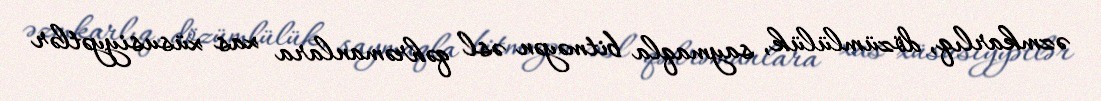
əzmkarlıq, dözümlülük, saymaqla bitməyən əsl qəhrəmanlara xas xüsusiyyətlər